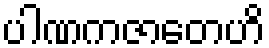
ပါဏကဇာတေဟိ